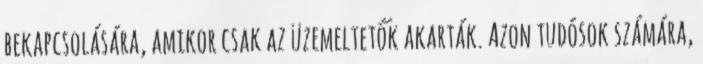
bekapcsolására, amikor csak az üzemeltetők akarták. Azon tudósok számára,